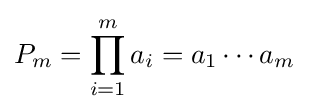
P_{m}=\prod _{i=1}^{m}a_{i}=a_{1}\cdots a_{m}